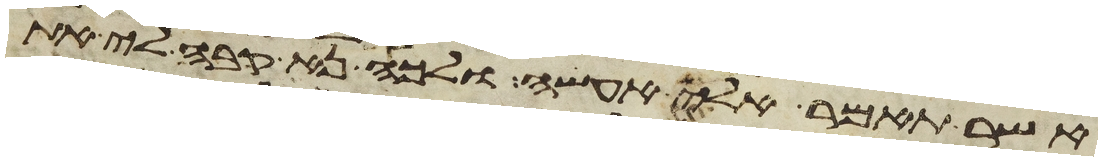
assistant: אשר תאמר אלי אעשה ולכה נא קבה לי את